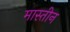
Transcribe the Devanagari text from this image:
मास्तीन